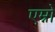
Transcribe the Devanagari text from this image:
एम्नो